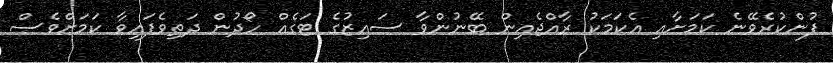
ފުންކުރެވޭނެ ކަމަށާއި އެކަމަކު ރާއްޖެއިން ބޭނުންވާ ސައިޒުގެ ޓަގެއް ހޯދުން ދަތިވެފައިވާ ކަަމަށްވެސް